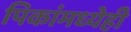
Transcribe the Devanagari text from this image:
पिकांमध्येही